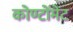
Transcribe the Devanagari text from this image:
कोण्टोंमेंट